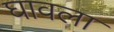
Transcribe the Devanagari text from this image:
घावला